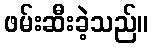
ဖမ်းဆီးခဲ့သည်။